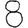
Digit: 8